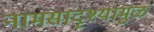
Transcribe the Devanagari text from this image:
नामसादृश्यामुळं